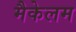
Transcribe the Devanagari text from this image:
मैकेलम